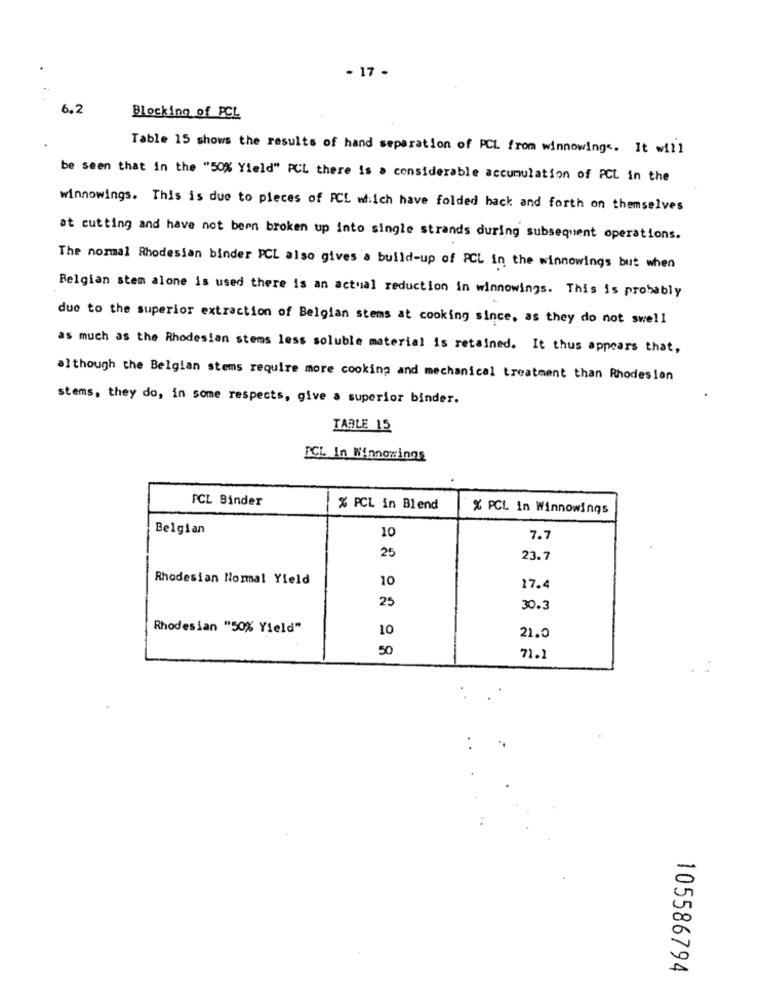
- 17 -
6.2
Blocking of PCL
Table 15 shows the results of hand separation of PCL from winnowings. It will
be seen that in the "50% Yield" PCL there is a considerable accumulation of PCL in the
winnowings. This is due to pieces of PCL which have folded back and forth on themselves
at cutting and have not been broken up into single strands during subsequent operations.
The normal Rhodesian binder PCL also gives's build-up of PCL in the winnowings but when
Belgian stem alone is used there is an actual reduction in winnowings. This is probably
due to the superior extraction of Belgian stems at cooking since, as they do not swell
as much as the Rhodesian stems less soluble material is retained. It thus appears that,
although the Belgian stems require more cooking and mechanical treatment than Rhodesian
stems, they do, in some respects, give a superior binder.
TABLE 15
ICL In Winnowings
PCL Binder
% PCL in Blend
% PCL In Winnowings
Belgian
10
7.7
25
23.7
Rhodesian Normal Yield
10
17.4
25
30.3
Rhodesian "50% Yield"
10
21.0
50
71.1
105586794